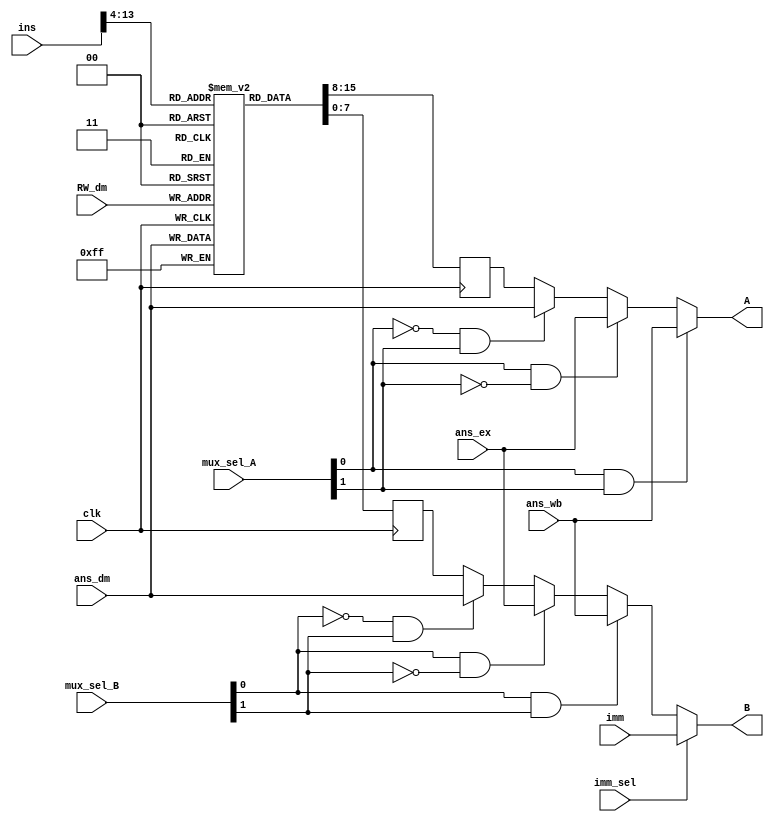
`timescale 1ns / 1ps
//////////////////////////////////////////////////////////////////////////////////
// Company: 
// Engineer: 
// 
// Design Name: 
// Module Name:    Register_Bank_Block 
// Project Name: 
// Target Devices: 
// Tool versions: 
// Description: 
//
// Dependencies: 
//
// Revision: 
// Revision 0.01 - File Created
// Additional Comments: 
//
//////////////////////////////////////////////////////////////////////////////////
module Register_Bank_Block(
	output [7:0] A,
    output [7:0] B,
    input [23:0] ins,
    input [7:0] ans_ex,
    input [7:0] ans_dm,
    input [7:0] ans_wb,
    input [7:0] imm,
    input [4:0] RW_dm,
    input [2:0] mux_sel_A,
    input [2:0] mux_sel_B,
    input imm_sel,
    input clk
    );
////////////////////////////////////////////////Declartions//////////////////////////////////////////////////////////////////////	 
	wire [7:0] BI; 
	reg [7:0] reg_bank[0:31];		// Register bank of 8 bits
	reg [7:0] AR, BR;
/////////////////////////////////////////////////////////////////////////////////////////////////////////////////////////////////

////////////////////////////////////////////////Combinational Block//////////////////////////////////////////////////////////////
	assign A = mux_sel_A[0] & mux_sel_A[1] ? ans_wb : mux_sel_A[0] & ~mux_sel_A[1] ? ans_ex : ~mux_sel_A[0] & mux_sel_A[1] ? ans_dm : AR;
	assign BI = mux_sel_B[0] & mux_sel_B[1] ? ans_wb : mux_sel_B[0] & ~mux_sel_B[1] ? ans_ex : ~mux_sel_B[0] & mux_sel_B[1] ? ans_dm : BR;
	assign B = imm_sel ? imm : BI;
/////////////////////////////////////////////////////////////////////////////////////////////////////////////////////////////////
	
////////////////////////////////////////////////Sequential block/////////////////////////////////////////////////////////////////	
	always@(posedge clk)
	begin
		AR <= reg_bank[ins[13:9]];
		BR <= reg_bank[ins[8:4]];
		reg_bank[RW_dm] <= ans_dm;
	end
/////////////////////////////////////////////////////////////////////////////////////////////////////////////////////////////////	
endmodule